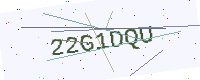
Text: 22G1DQU